Lunatic asylums Central Provinces reports 1874-1885 - 1874-1885
Year: 1874
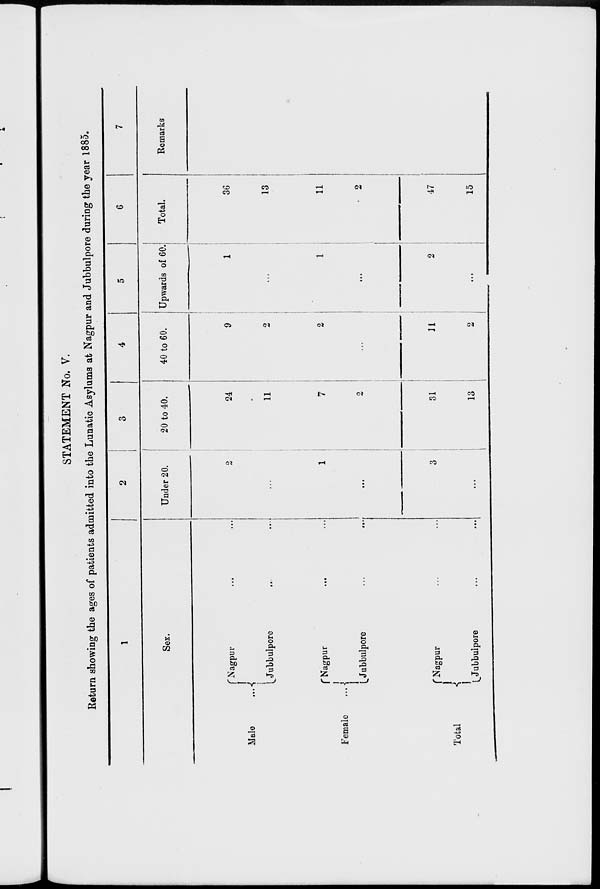
STATEMENT No. V.
Return showing the ages of patients admitted into the Lunatic Asylums at Nagpur and Jubbulpore during the year 1885.
1
Sex.
Male ...
Female ...
Total ...
Nagpur ... ...
Jubbulpore ... ...
Nagpur ... ...
Jubbulpore ... ...
Nagpur ... ...
Jubbulpore ... ...
2
Under 20.
2
...
1
...
3
...
3
20 to 40.
24
11
7
2
31
13
4
40 to 60.
9
2
2
...
11
2
5
Upwards of 60.
1
...
1
...
2
...
6
Total.
36
13
11
2
47
15
7
Remarks